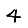
Digit: 4